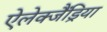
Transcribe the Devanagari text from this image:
ऐलेक्जैंड्रिया